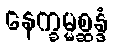
နေက္ခမ္မစ္ဆန္ဒံ